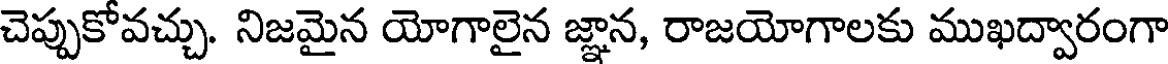
చెప్పుకోవచ్చు. నిజమైన యోగాలైన జ్ఞాన, రాజయోగాలకు ముఖద్వారంగా